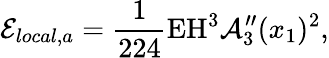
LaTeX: \mathcal{E}_{local,a}=\frac{1}{224}\textup{E}\textup{H}^{3}\mathcal{A}_{3}^{\prime\prime}(x_{1}){}^{2},